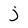
Character: j